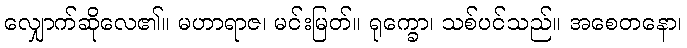
လျှောက်ဆိုလေ၏။ မဟာရာဇ၊ မင်းမြတ်။ ရုက္ခော၊ သစ်ပင်သည်။ အစေတနော၊